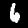
Label: 6